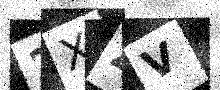
Text: 2XZV